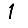
Digit: 1